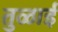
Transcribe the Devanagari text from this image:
तुळाई